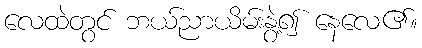
လေထဲတွင် ဘယ်ညာယိမ်းနွဲ့၍ နေလေ၏။